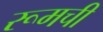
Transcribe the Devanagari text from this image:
रूमची